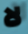
لا